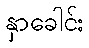
နှာခေါင်း